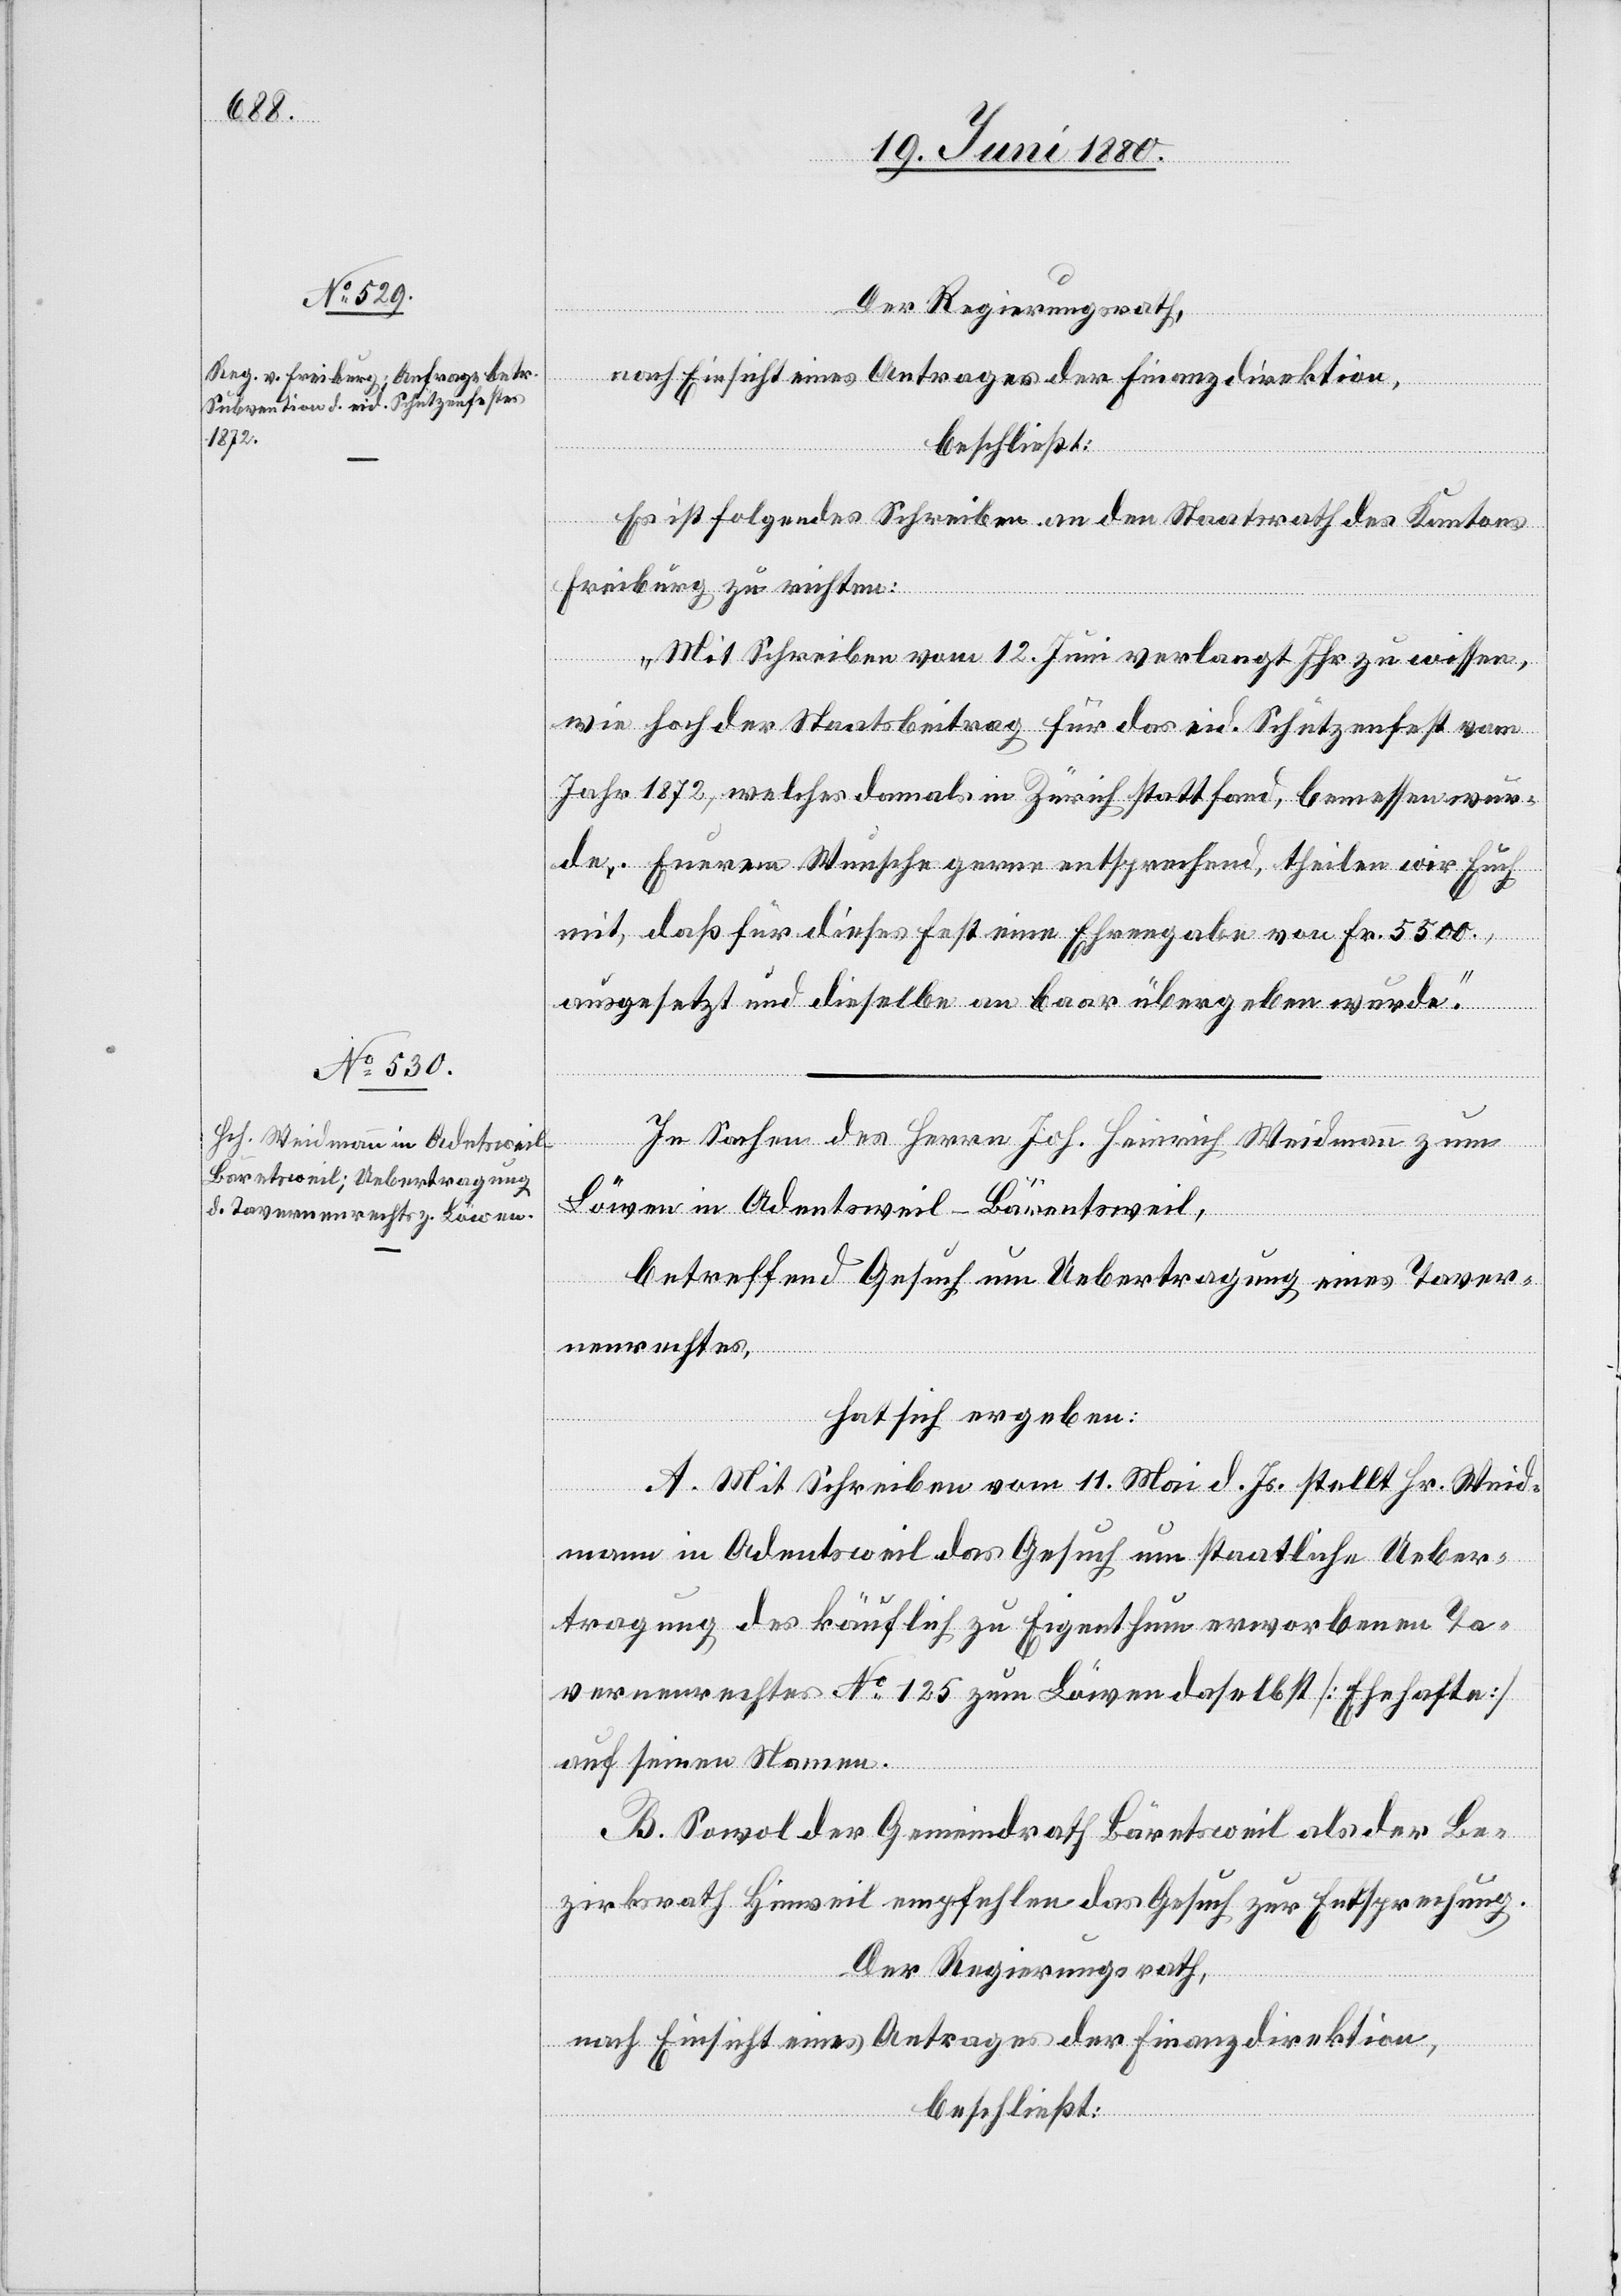
Der Regierungsrath,
nach Einsicht eines Antrages der Finanzdirektion,
beschließt:
Es ist folgendes Schreiben an den Staatsrath des Kantons
Freiburg zu richten:
„Mit Schreiben vom 12. Juni verlangt Ihr zu wissen,
wie hoch der Staatsbeitrag für das eid. Schützenfest vom
Jahr 1872, welches damals in Zürich stattfand, bemessen wur¬
de. Euerem Wunsche gerne entsprechend, theilen wir Euch
mit, daß für dieses Fest eine Ehrengabe von Fr. 5500,
ausgesetzt und dieselbe an baar übergeben wurde.“
In Sachen des Herrn Joh. Heinrich Weidmann zum
Löwen in Adentsweil - Bärentsweil
betreffend Gesuch um Uebertragung eines Taver¬
nenrechtes,
hat sich ergeben:
A. Mit Schreiben vom 11. Mai d. Js. stellt Hr. Weid¬
mann in Adentsweil das Gesuch um staatliche Ueber¬
tragung des käuflich zu Eigenthum erworbenen Ta¬
vernenrechtes No 125 zum Löwen daselbst [Ehehafte]
auf seinen Namen.
B. Sowol der Gemeindrath Bäretsweil als der Be¬
zirksrath Hinweil empfehlen das Gesuch zur Entsprechung.
Der Regierungsrath,
nach Einsicht eines Antrages der Finanzdirektion,
beschließt: